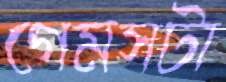
গেমসটা